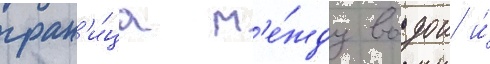
гран'и́ца м'е́жду водои и́